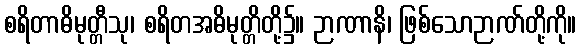
စရိတာဓိမုတ္တီသု၊ စရိတအဓိမုတ္တိတို့၌။ ဉာဏာနိ၊ ဖြစ်သောဉာဏ်တို့ကို။